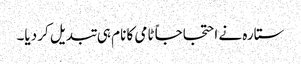
ستارہ نے احتجاجاً ٹامی کا نام ہی تبدیل کر دیا۔